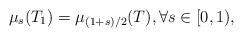
LaTeX: \begin{align*}\mu_s(T_1) = \mu_{(1 + s)/2}(T), \forall s \in [0,1),\end{align*}